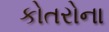
કોતરોના